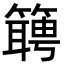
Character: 𬕴